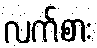
လက်စား